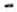
-